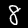
Digit: 8